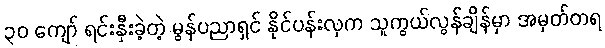
၃၀ ကျော် ရင်းနှီးခဲ့တဲ့ မွန်ပညာရှင် နိုင်ပန်းလှက သူကွယ်လွန်ချိန်မှာ အမှတ်တရ